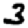
Digit: 3